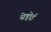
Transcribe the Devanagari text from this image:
सेड्नोई